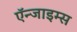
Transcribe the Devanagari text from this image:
ऍन्जाइम्स